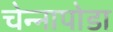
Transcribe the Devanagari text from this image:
चेन्‍नापोडा